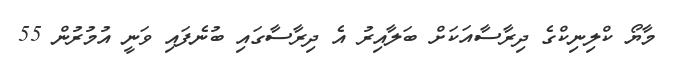
މާޔޯ ކްލިނިކްގެ ދިރާސާއަކަށް ބަލާއިރު އެ ދިރާސާގައި ބުނެފައި ވަނީ އުމުރުން 55